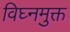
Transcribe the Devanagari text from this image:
विघ्नमुक्त